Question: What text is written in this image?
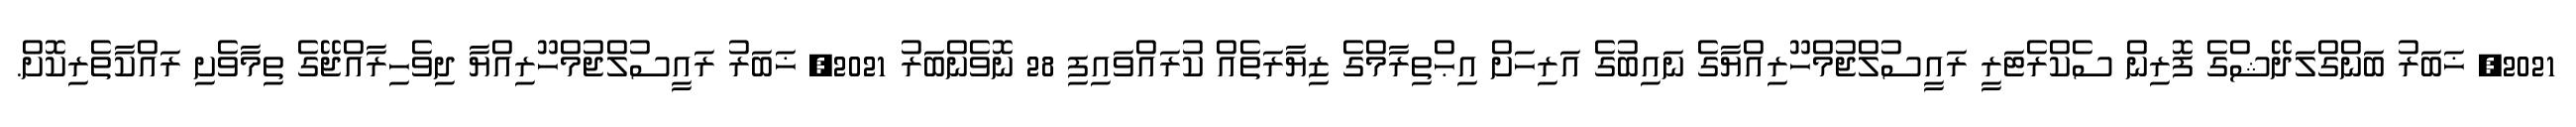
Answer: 2021, ޚަބަރު ބަންގްލަދޭޝްގެ ފޮރިން ސެކްރެޓަރީ ރައީސުލްޖުމްހޫރިއްޔާގެ ނައިބުގެ އަރިހަށް އިޙްތިރާމްގެ ޒިޔާރަތެއް ކުރައްވައިފި 28 ނޮވެންބަރު 2021, ޚަބަރު ރައީސުލްޖުމްހޫރިއްޔާ ދިވެހިރާއްޖޭގެ ތިމާވެށި ރައްކާތެރިކޮށް.